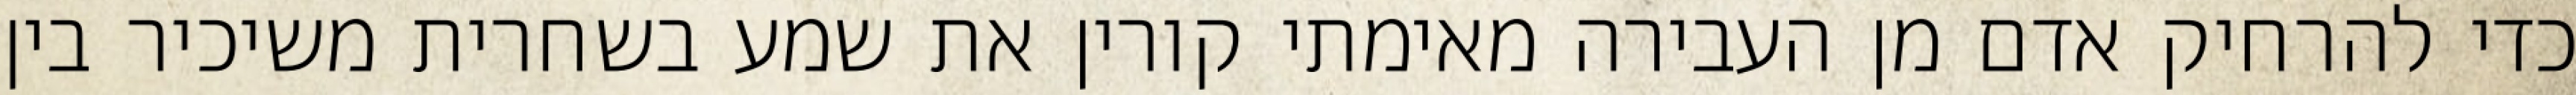
כדי להרחיק אדם מן העבירה מאימתי קורין את שמע בשחרית משיכיר בין